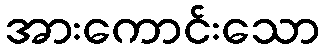
အားကောင်းသော